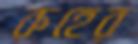
রুহের